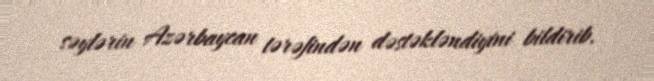
səylərin Azərbaycan tərəfindən dəstəkləndiyini bildirib.